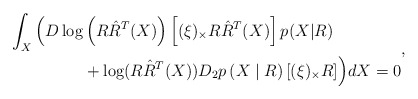
\begin{align*}\begin{aligned}\int_X \Big( D\log & \left( R \hat{R}^T(X) \right) \left[ (\xi)_{\times} R \hat{R}^T(X) \right] p(X|R) \\&+ \log (R \hat{R}^T(X) ) D_2p \left( X\mid R \right) [(\xi)_\times R] \Big) dX = 0\end{aligned},\end{align*}